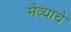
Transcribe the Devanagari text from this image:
मेव्याचे